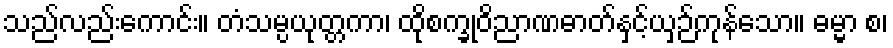
သည်လည်းကောင်း။ တံသမ္ပယုတ္တကာ၊ ထိုစက္ခုဝိညာဏဓာတ်နှင့်ယှဉ်ကုန်သော။ ဓမ္မာ စ၊